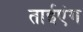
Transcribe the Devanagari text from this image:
ताईएंग